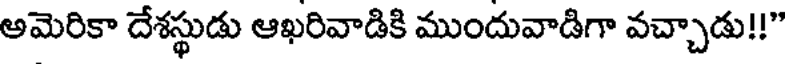
అమెరికా దేశస్థుడు ఆఖరివాడికి ముందువాడిగా వచ్చాడు!!"